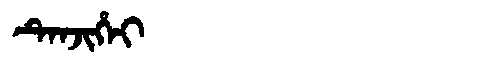
Manchu: ᡨᡝᠨᠵᡳᡥᡝᡳ
Romanization: TENJIHEI